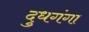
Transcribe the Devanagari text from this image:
दुधगंगा